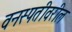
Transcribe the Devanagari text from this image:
वनस्पतीवरील